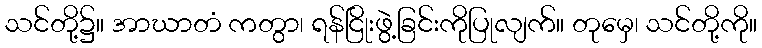
သင်တို့၌။ အာဃာတံ ကတွာ၊ ရန်ငြိုးဖွဲ့ခြင်းကိုပြုလျက်။ တုမှေ၊ သင်တို့ကို။